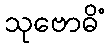
သုဗောဓိံ